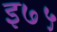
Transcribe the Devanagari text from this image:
इ७५